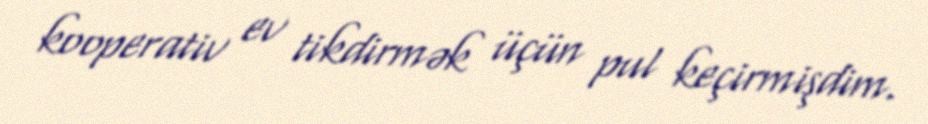
kooperativ ev tikdirmək üçün pul keçirmişdim.